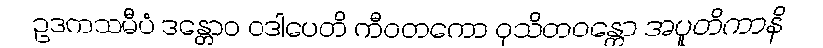
ဥဒကသမီပံ ဒန္တောဝ ဝဒါပေတိ ကီဝတကော ဝုသိတဝန္တော အပူတိကာနိ